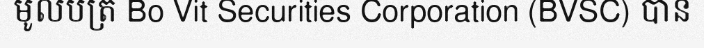
មូលបត្រ Bo Vit Securities Corporation (BVSC) បាន